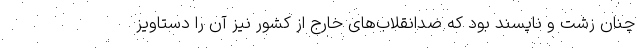
چنان زشت و ناپسند بود که ضدانقلاب‌های خارج از کشور نیز آن را دستاویز